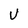
Character: U